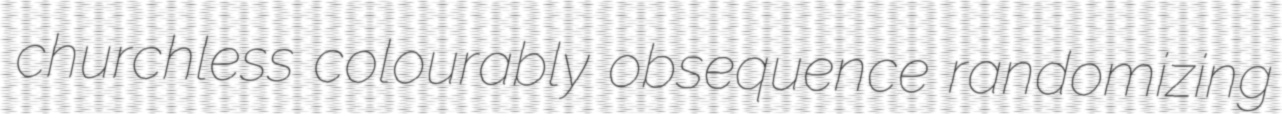
churchless colourably obsequence randomizing